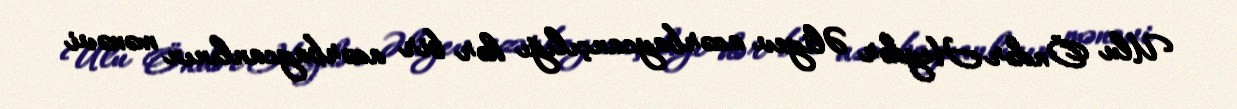
Ulu Öndər Heydər Əliyev azərbaycançılığı hər bir azərbaycanlının mənəvi